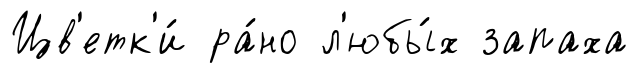
Цв'етк'и́ ра́но л'юбы́х запаха